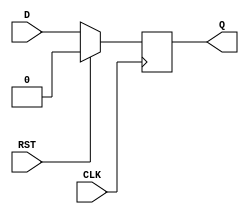
module d_flip_flop (
    input D,
    input CLK,
    input RST,
    output reg Q
);

always @(posedge CLK) begin
    if (RST) begin
        Q <= 1'b0; // Reset is active, output forced to 0
    end else begin
        Q <= D; // Update output based on D input
    end
end

endmodule